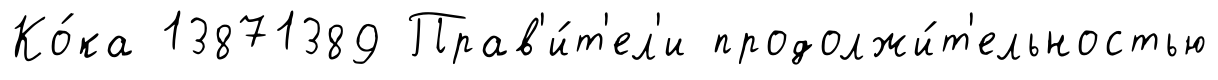
Ко́ка 13871389 Прав'и́т'ел'и продолжи́т'ельностью